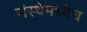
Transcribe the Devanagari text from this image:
संस्थेमध्येच